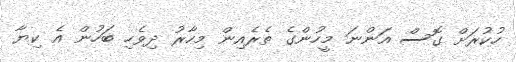
ހުކުރަށް ގޮސް އަންނަ މީހުންގެ ތެރެއިން މިހާރު ދިވެހި ބަހުން އެ ކިޔާ